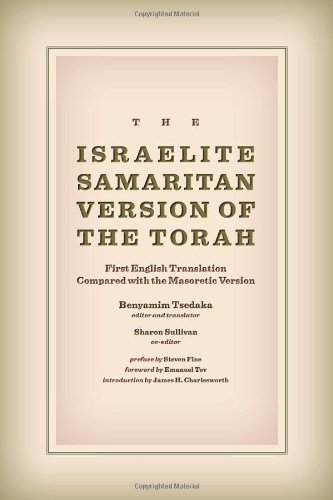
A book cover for The Israelite Samaritan Version of the Torah: First English Translation Compared with the Masoretic Version; Religion & Spirituality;